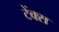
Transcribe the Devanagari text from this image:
टेंक्स